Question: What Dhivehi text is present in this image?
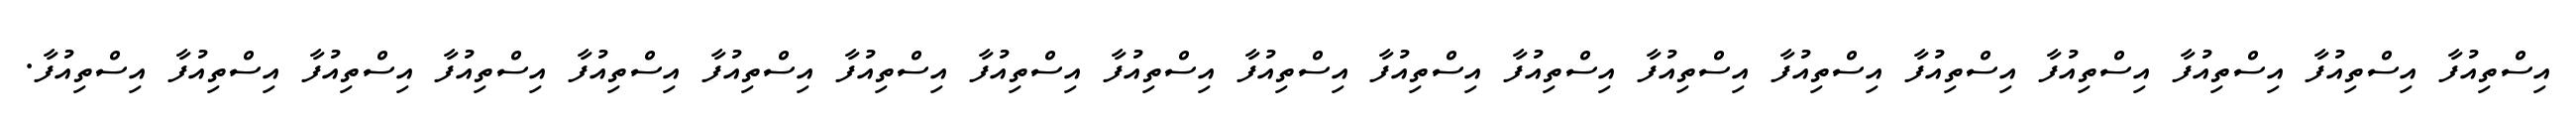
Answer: އިސްތިއުފާ އިސްތިއުފާ އިސްތިއުފާ އިސްތިއުފާ އިސްތިއުފާ އިސްތިއުފާ އިސްތިއުފާ އިސްތިއުފާ އިސްތިއުފާ އިސްތިއުފާ އިސްތިއުފާ އިސްތިއުފާ އިސްތިއުފާ އިސްތިއުފާ އިސްތިއުފާ އިސްތިއުފާ އިސްތިއުފާ އިސްތިއުފާ އިސްތިއުފާ.